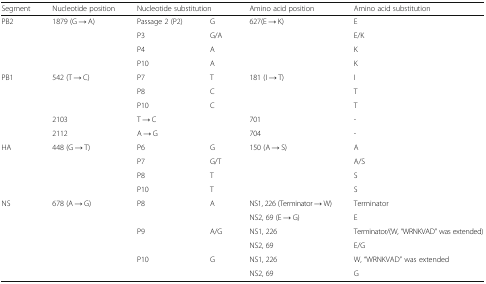
<table><thead><tr><td><b>Segment</b></td><td><b>Nucleotide position</b></td><td colspan="2"><b>Nucleotide substitution</b></td><td><b>Amino acid position</b></td><td><b>Amino acid substitution</b></td></tr></thead><tbody><tr><td rowspan="4">PB2</td><td rowspan="4">1879 (G → A)</td><td>Passage 2 (P2)</td><td>G</td><td rowspan="4">627(E → K)</td><td>E</td></tr><tr><td>P3</td><td>G/A</td><td>E/K</td></tr><tr><td>P4</td><td>A</td><td>K</td></tr><tr><td>P10</td><td>A</td><td>K</td></tr><tr><td rowspan="5">PB1</td><td rowspan="3">542 (T → C)</td><td>P7</td><td>T</td><td rowspan="3">181 (I → T)</td><td>I</td></tr><tr><td>P8</td><td>C</td><td>T</td></tr><tr><td>P10</td><td>C</td><td>T</td></tr><tr><td>2103</td><td colspan="2">T → C</td><td>701</td><td>-</td></tr><tr><td>2112</td><td colspan="2">A → G</td><td>704</td><td>-</td></tr><tr><td rowspan="4">HA</td><td rowspan="4">448 (G → T)</td><td>P6</td><td>G</td><td rowspan="4">150 (A → S)</td><td>A</td></tr><tr><td>P7</td><td>G/T</td><td>A/S</td></tr><tr><td>P8</td><td>T</td><td>S</td></tr><tr><td>P10</td><td>T</td><td>S</td></tr><tr><td rowspan="6">NS</td><td rowspan="6">678 (A → G)</td><td rowspan="2">P8</td><td rowspan="2">A</td><td>NS1, 226 (Terminator → W)</td><td>Terminator</td></tr><tr><td>NS2, 69 (E → G)</td><td>E</td></tr><tr><td rowspan="2">P9</td><td rowspan="2">A/G</td><td>NS1, 226</td><td>Terminator/(W, “WRNKVAD” was extended)</td></tr><tr><td>NS2, 69</td><td>E/G</td></tr><tr><td rowspan="2">P10</td><td rowspan="2">G</td><td>NS1, 226</td><td>W, “WRNKVAD” was extended</td></tr><tr><td>NS2, 69</td><td>G</td></tr></tbody></table>